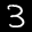
Label: 3